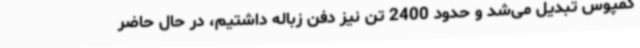
کمپوس تبدیل می‌شد و حدود 2400 تن نیز دفن زباله داشتیم، در حال حاضر